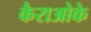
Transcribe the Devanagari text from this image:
कैराओके